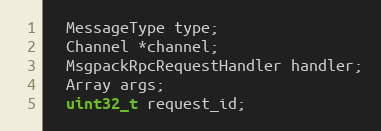
Language: C
  MessageType type;
  Channel *channel;
  MsgpackRpcRequestHandler handler;
  Array args;
  uint32_t request_id;